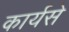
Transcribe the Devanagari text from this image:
कार्यसे